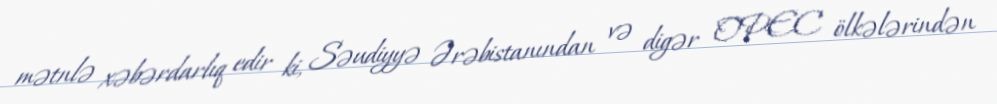
mətnlə xəbərdarlıq edir ki, Səudiyyə Ərəbistanından və digər OPEC ölkələrindən